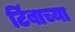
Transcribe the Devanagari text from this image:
टिंबाच्या